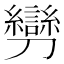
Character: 𠠪